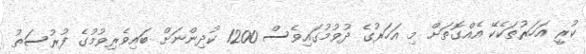
ކުރީ އަހަރުތަކެކޭ އެއްގޮތަށް މި އަހަރުގެ ދުވުމުގައިވެސް 1200 ކުދިންނަށް ބައިވެރިވުމުގެ ފުރުސަތު